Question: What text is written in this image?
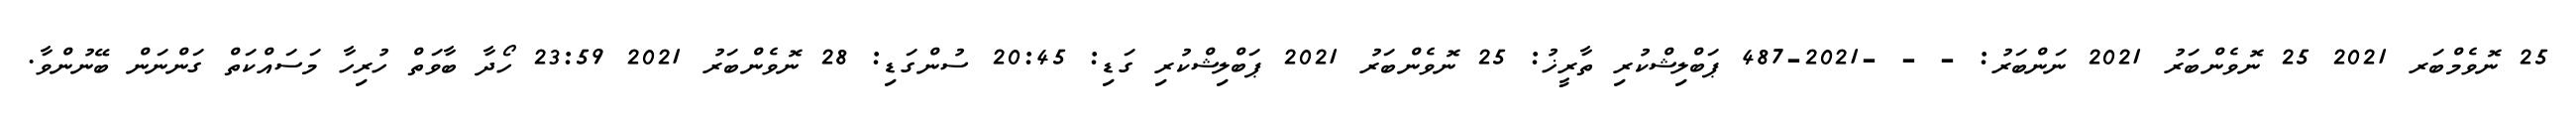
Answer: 25 ނޮވެމްބަރ 2021 25 ނޮވެންބަރު 2021 ނަންބަރު: - - -2021-487 ޕަބްލިޝްކުރި ތާރީޚު: 25 ނޮވެންބަރު 2021 ޕަބްލިޝްކުރި ގަޑި: 20:45 ސުންގަޑި: 28 ނޮވެންބަރު 2021 23:59 ހޯދާ ބާވަތް ހުރިހާ މަސައްކަތް ގަންނަން ބޭނުންވާ.